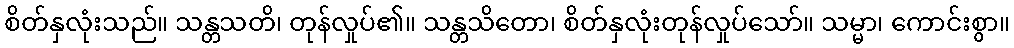
စိတ်နှလုံးသည်။ သန္တသတိ၊ တုန်လှုပ်၏။ သန္တသိတော၊ စိတ်နှလုံးတုန်လှုပ်သော်။ သမ္မာ၊ ကောင်းစွာ။